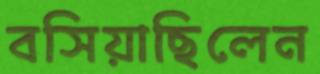
বসিয়াছিলেন